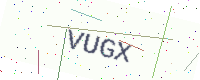
Text: VUGX